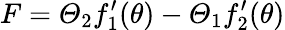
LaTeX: F=\varTheta_{2}f_{1}^{\prime}(\theta)-\varTheta_{1}f_{2}^{\prime}(\theta)